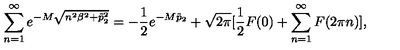
\sum _ { n = 1 } ^ { \infty } e ^ { - M \sqrt { n ^ { 2 } \beta ^ { 2 } + \tilde { p } _ { 2 } ^ { 2 } } } = - \frac { 1 } { 2 } e ^ { - M \tilde { p } _ { 2 } } + \sqrt { 2 \pi } [ \frac { 1 } { 2 } F ( 0 ) + \sum _ { n = 1 } ^ { \infty } F ( 2 \pi n ) ] ,